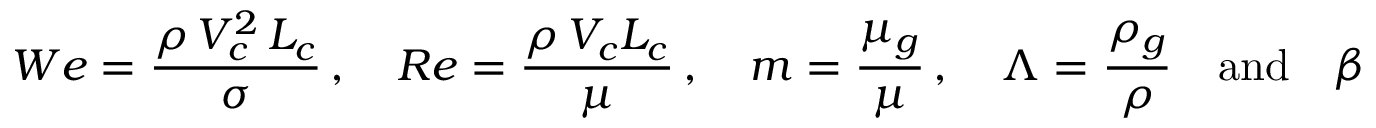
W e = \frac { \rho \, V _ { c } ^ { 2 } \, L _ { c } } { \sigma } \, , \quad R e = \frac { \rho \, V _ { c } L _ { c } } { \mu } \, , \quad m = \frac { \mu _ { g } } { \mu } \, , \quad \Lambda = \frac { \rho _ { g } } { \rho } \quad \mathrm { a n d } \quad \beta